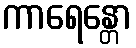
ကာရေန္တော